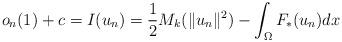
LaTeX: \begin{align*}o_{n}(1)+ c=I(u_{n})=\frac{1}{2}M_{k}(\|u_{n}\|^{2})-\int_{\Omega}F_{\ast}(u_{n})dx\end{align*}